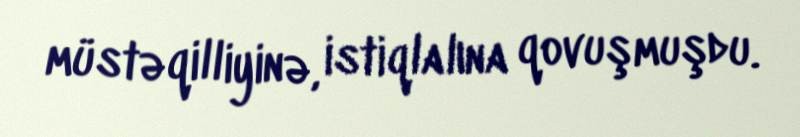
müstəqilliyinə, istiqlalına qovuşmuşdu.